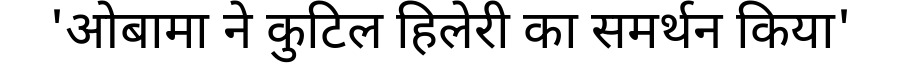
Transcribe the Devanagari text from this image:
'ओबामा ने कुटिल हिलेरी का समर्थन किया'